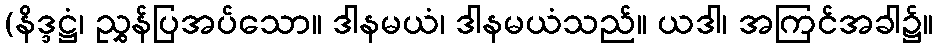
(နိဒ္ဒဋ္ဌံ၊ ညွှန်ပြအပ်သော။ ဒါနမယံ၊ ဒါနမယံသည်။ ယဒါ၊ အကြင်အခါ၌။